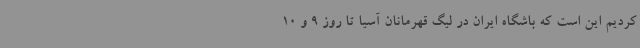
کردیم این است که باشگاه ایران در لیگ قهرمانان آسیا تا روز 9 و 10